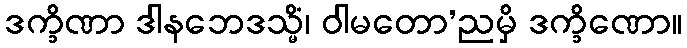
ဒက္ခိဏာ ဒါနဘေဒသ္မိံ၊ ဝါမတော’ညမှိ ဒက္ခိဏော။